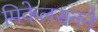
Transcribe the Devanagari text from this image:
मिकेलसनने